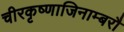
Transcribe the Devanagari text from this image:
चीरकृष्णाजिनाम्बरौ